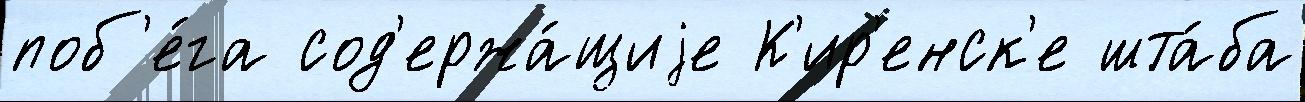
поб'е́га сод'ержа́щиjе К'ир'енск'е шта́ба